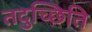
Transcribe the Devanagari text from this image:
तदुच्छिति